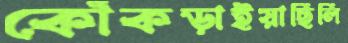
কোঁকড়াইয়াছিলি